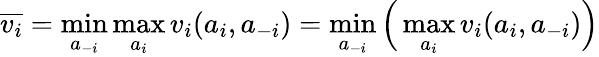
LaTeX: {\overline{{v_{i}}}}=\operatorname*{min}_{a_{-i}}\operatorname*{max}_{a_{i}}{v_{i}(a_{i},a_{-i})}=\operatorname*{min}_{a_{-i}}{\Big(}\operatorname*{max}_{a_{i}}{v_{i}(a_{i},a_{-i})}{\Big)}